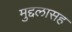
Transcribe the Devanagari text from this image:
मुद्दलासह